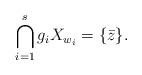
LaTeX: \begin{align*}\bigcap_{i=1}^s g_iX_{w_i}=\{\bar{z}\}.\end{align*}